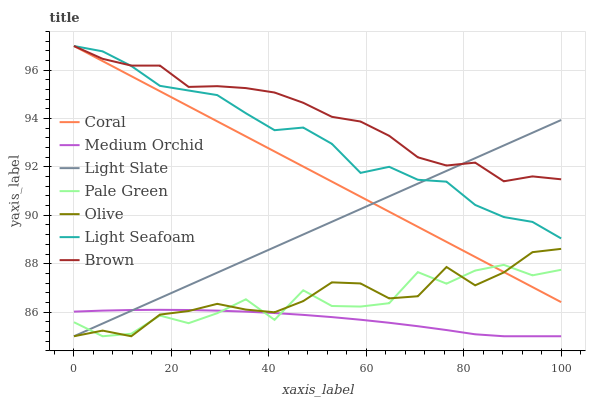
| xaxis_label | Coral | Medium Orchid | Light Slate | Pale Green | Olive | Light Seafoam | Brown |
 | --- | --- | --- | --- | --- | --- | --- | --- |
 | 0 | 97 | 86 | 85 | 85.6 | 85 | 97 | 97 |
 | 5.88 | 96.4 | 86.1 | 85.5 | 85 | 85.2 | 96.8 | 96.5 |
 | 11.8 | 95.8 | 86.1 | 86.1 | 85.1 | 85 | 96.2 | 96.2 |
 | 17.6 | 95.1 | 86.1 | 86.6 | 85.9 | 85.9 | 95.4 | 96.2 |
 | 23.5 | 94.5 | 86.1 | 87.1 | 85.5 | 86 | 95.2 | 95.3 |
 | 29.4 | 93.9 | 86.1 | 87.6 | 86 | 86.3 | 95 | 95.3 |
 | 35.3 | 93.3 | 86 | 88.2 | 86.5 | 86.1 | 94.2 | 95.3 |
 | 41.2 | 92.6 | 86 | 88.7 | 85.7 | 86 | 93.5 | 95.1 |
 | 47.1 | 92 | 85.9 | 89.2 | 86.9 | 86.5 | 93.6 | 94.7 |
 | 52.9 | 91.4 | 85.8 | 89.7 | 86.3 | 87.2 | 93 | 94.1 |
 | 58.8 | 90.8 | 85.7 | 90.3 | 86.2 | 87.2 | 91.8 | 93.9 |
 | 64.7 | 90.1 | 85.6 | 90.8 | 86.4 | 86.6 | 92 | 93.3 |
 | 70.6 | 89.5 | 85.4 | 91.3 | 87.7 | 86.7 | 91.5 | 92.4 |
 | 76.5 | 88.9 | 85.3 | 91.8 | 87.2 | 87.9 | 91.4 | 92.1 |
 | 82.4 | 88.3 | 85.1 | 92.4 | 87.7 | 87.1 | 90.4 | 92.2 |
 | 88.2 | 87.7 | 85 | 92.9 | 88 | 87.6 | 89.9 | 91.4 |
 | 94.1 | 87 | 85 | 93.4 | 87.5 | 88.5 | 89.7 | 91.6 |
 | 100 | 86.4 | 85 | 93.9 | 87.7 | 88.6 | 89 | 91.5 |